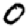
Digit: 0